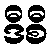
ဒီစီ